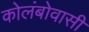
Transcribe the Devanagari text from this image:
कोलंबोवासी